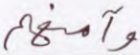
وآمنهم